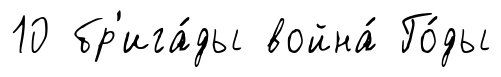
10 бр'ига́ды война́ Го́ды